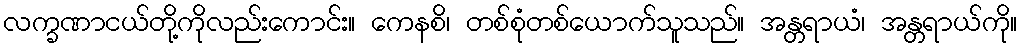
လက္ခဏာငယ်တို့ကိုလည်းကောင်း။ ကေနစိ၊ တစ်စုံတစ်ယောက်သူသည်။ အန္တရာယံ၊ အန္တရာယ်ကို။